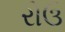
રોઉ